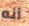
أنه